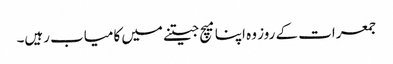
جمعرات کے روز وہ اپنا میچ جیتنے میں کامیاب رہیں۔